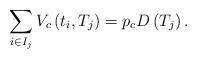
LaTeX: \begin{align*}\sum_{i\in I_{j}}V_{c}\left(t_{i},T_{j}\right)=p_{c}D\left(T_{j}\right).\end{align*}